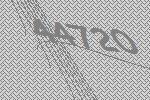
44720